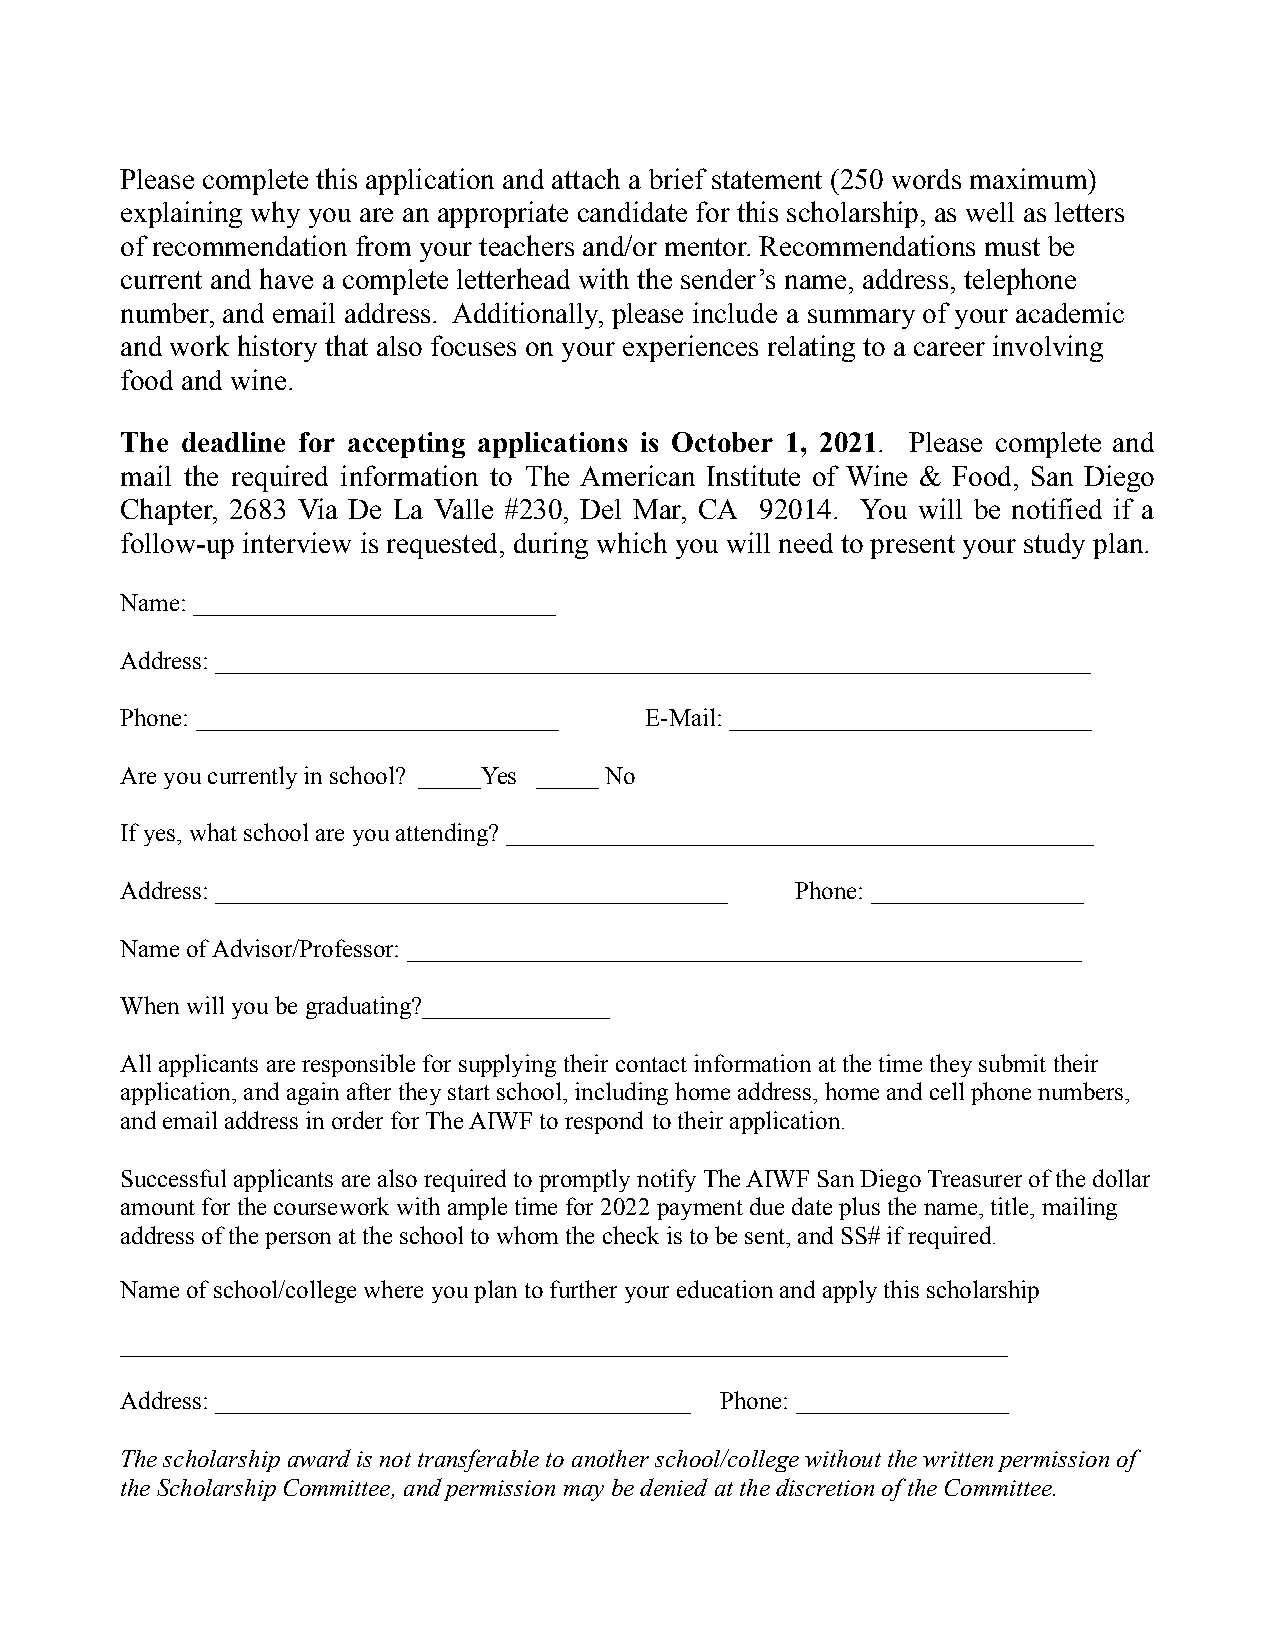
Please complete this application and attach a brief statement (250 words maximum)
 explaining why you are an appropriate candidate for this scholarship, as well as letters
 of recommendation from your teachers and/or mentor. Recommendations must be
 current and have a complete letterhead with the sender’s name, address, telephone
 number, and email address. Additionally, please include a summary of your academic
 and work history that also focuses on your experiences relating to a career involving
 food and wine.
 The deadline for accepting applications is October 1, 2021. Please complete and
 mail the required information to The American Institute of Wine & Food, San Diego
 Chapter, 2683 Via De La Valle #230, Del Mar, CA 92014. You will be notified if a
 follow-up interview is requested, during which you will need to present your study plan.
 Name: _____________________________
 Address: ______________________________________________________________________
 Phone: _____________________________ E-Mail: _____________________________
 Are you currently in school? _____Yes _____ No
 If yes, what school are you attending? _______________________________________________
 Address: _________________________________________ Phone: _________________
 Name of Advisor/Professor: ______________________________________________________
 When will you be graduating?_______________
 All applicants are responsible for supplying theircontact information at the time they submit their
 application, and again after they start school, includinghome address, home and cell phone numbers,
 and email address in order for The AIWF to respond to their application.
 Successful applicants are also required to promptly notify The AIWF San Diego Treasurer of the dollar
 amount for the coursework with ample time for 2022payment due date plus the name, title, mailing
 address of the person at the school to whom the check is to be sent, and SS# if required.
 Name of school/college where you plan to further youreducation and apply this scholarship
 _______________________________________________________________________
 Address: ______________________________________ Phone:_________________
 The scholarship award is not transferable to anotherschool/college without the written permission of
 the Scholarship Committee, and permission may be deniedat the discretion of the Committee.